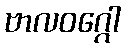
ဗာလဝဂ္ဂေါ